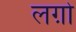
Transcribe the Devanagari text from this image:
लग़ो